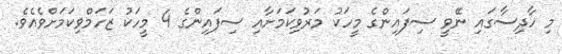
މި ހާދިސާގައި ނޭވީ ސިފައިންގެ މީހަކު މަރުވިކަމަށާއި ސިފައިންގެ 4 މީހަކު ޒަހަމްވިކަމަށްވެއެވެ.